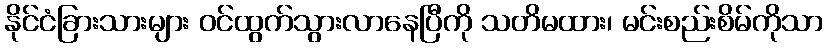
နိုင်ငံခြားသားများ ဝင်ထွက်သွားလာနေပြီကို သတိမထား၊ မင်းစည်းစိမ်ကိုသာ